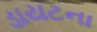
ડાયટના